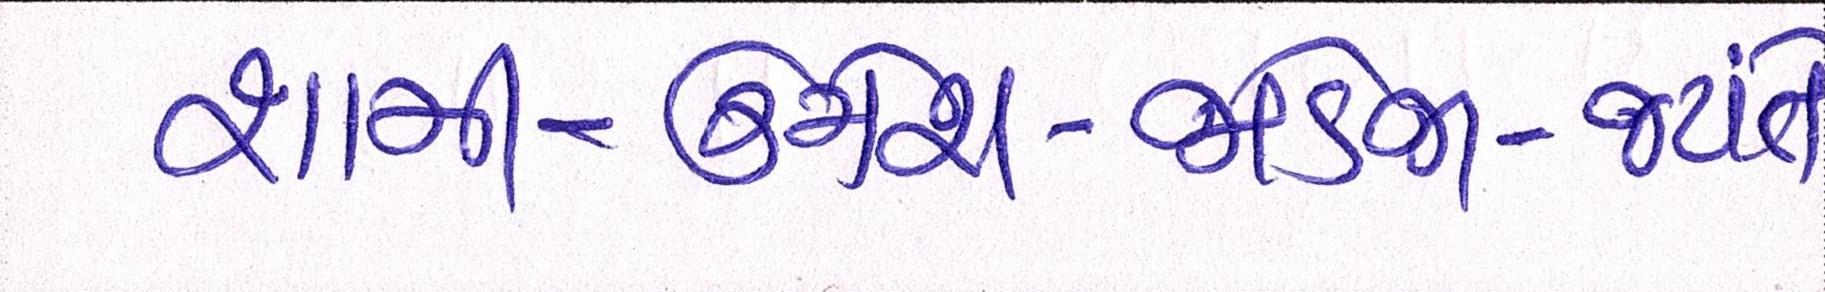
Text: શામી-ઉમેશ-જાડેજા-જયંતે